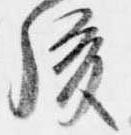
後